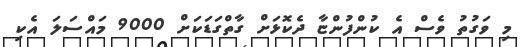
މި ވަގުތު ވެސް އެ ކުންފުންޏާ ދެކޮޅަށް ގާތްގަޑަކަށް 9000 މައްސަލަ އެކި